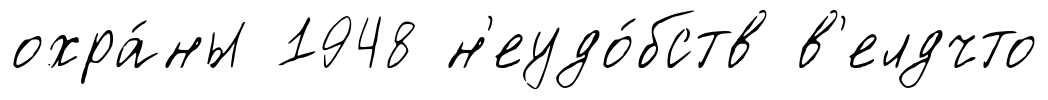
охра́ны 1948 н'еудо́бств в'елдчто